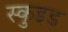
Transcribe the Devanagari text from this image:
स्कुइड